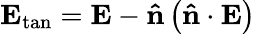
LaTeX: {{\mathbf{E}}_{\tan}}={\mathbf{E}}-{\mathbf{\hat{n}}}\left({{\mathbf{\hat{n}}}\cdot{\mathbf{E}}}\right)